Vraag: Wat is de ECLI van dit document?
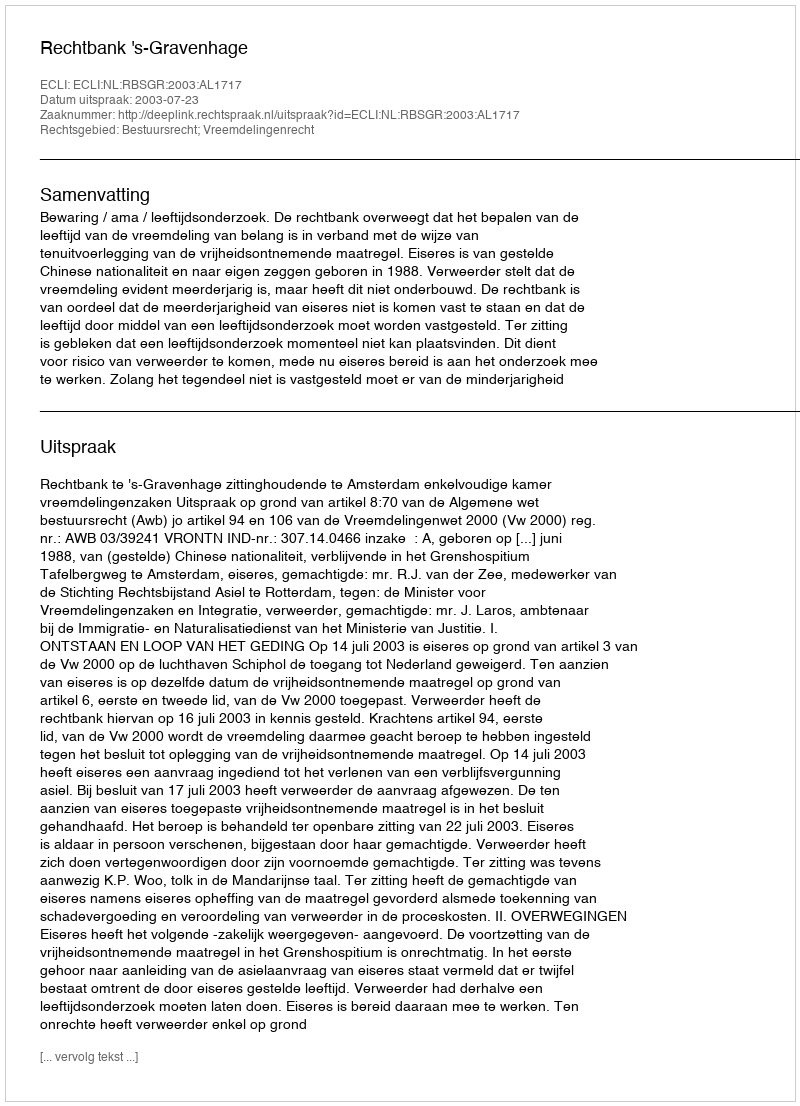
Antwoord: ECLI:NL:RBSGR:2003:AL1717